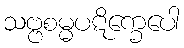
သဗ္ဗစမ္မပဋိက္ခေပေါ